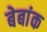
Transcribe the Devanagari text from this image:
बेबांक